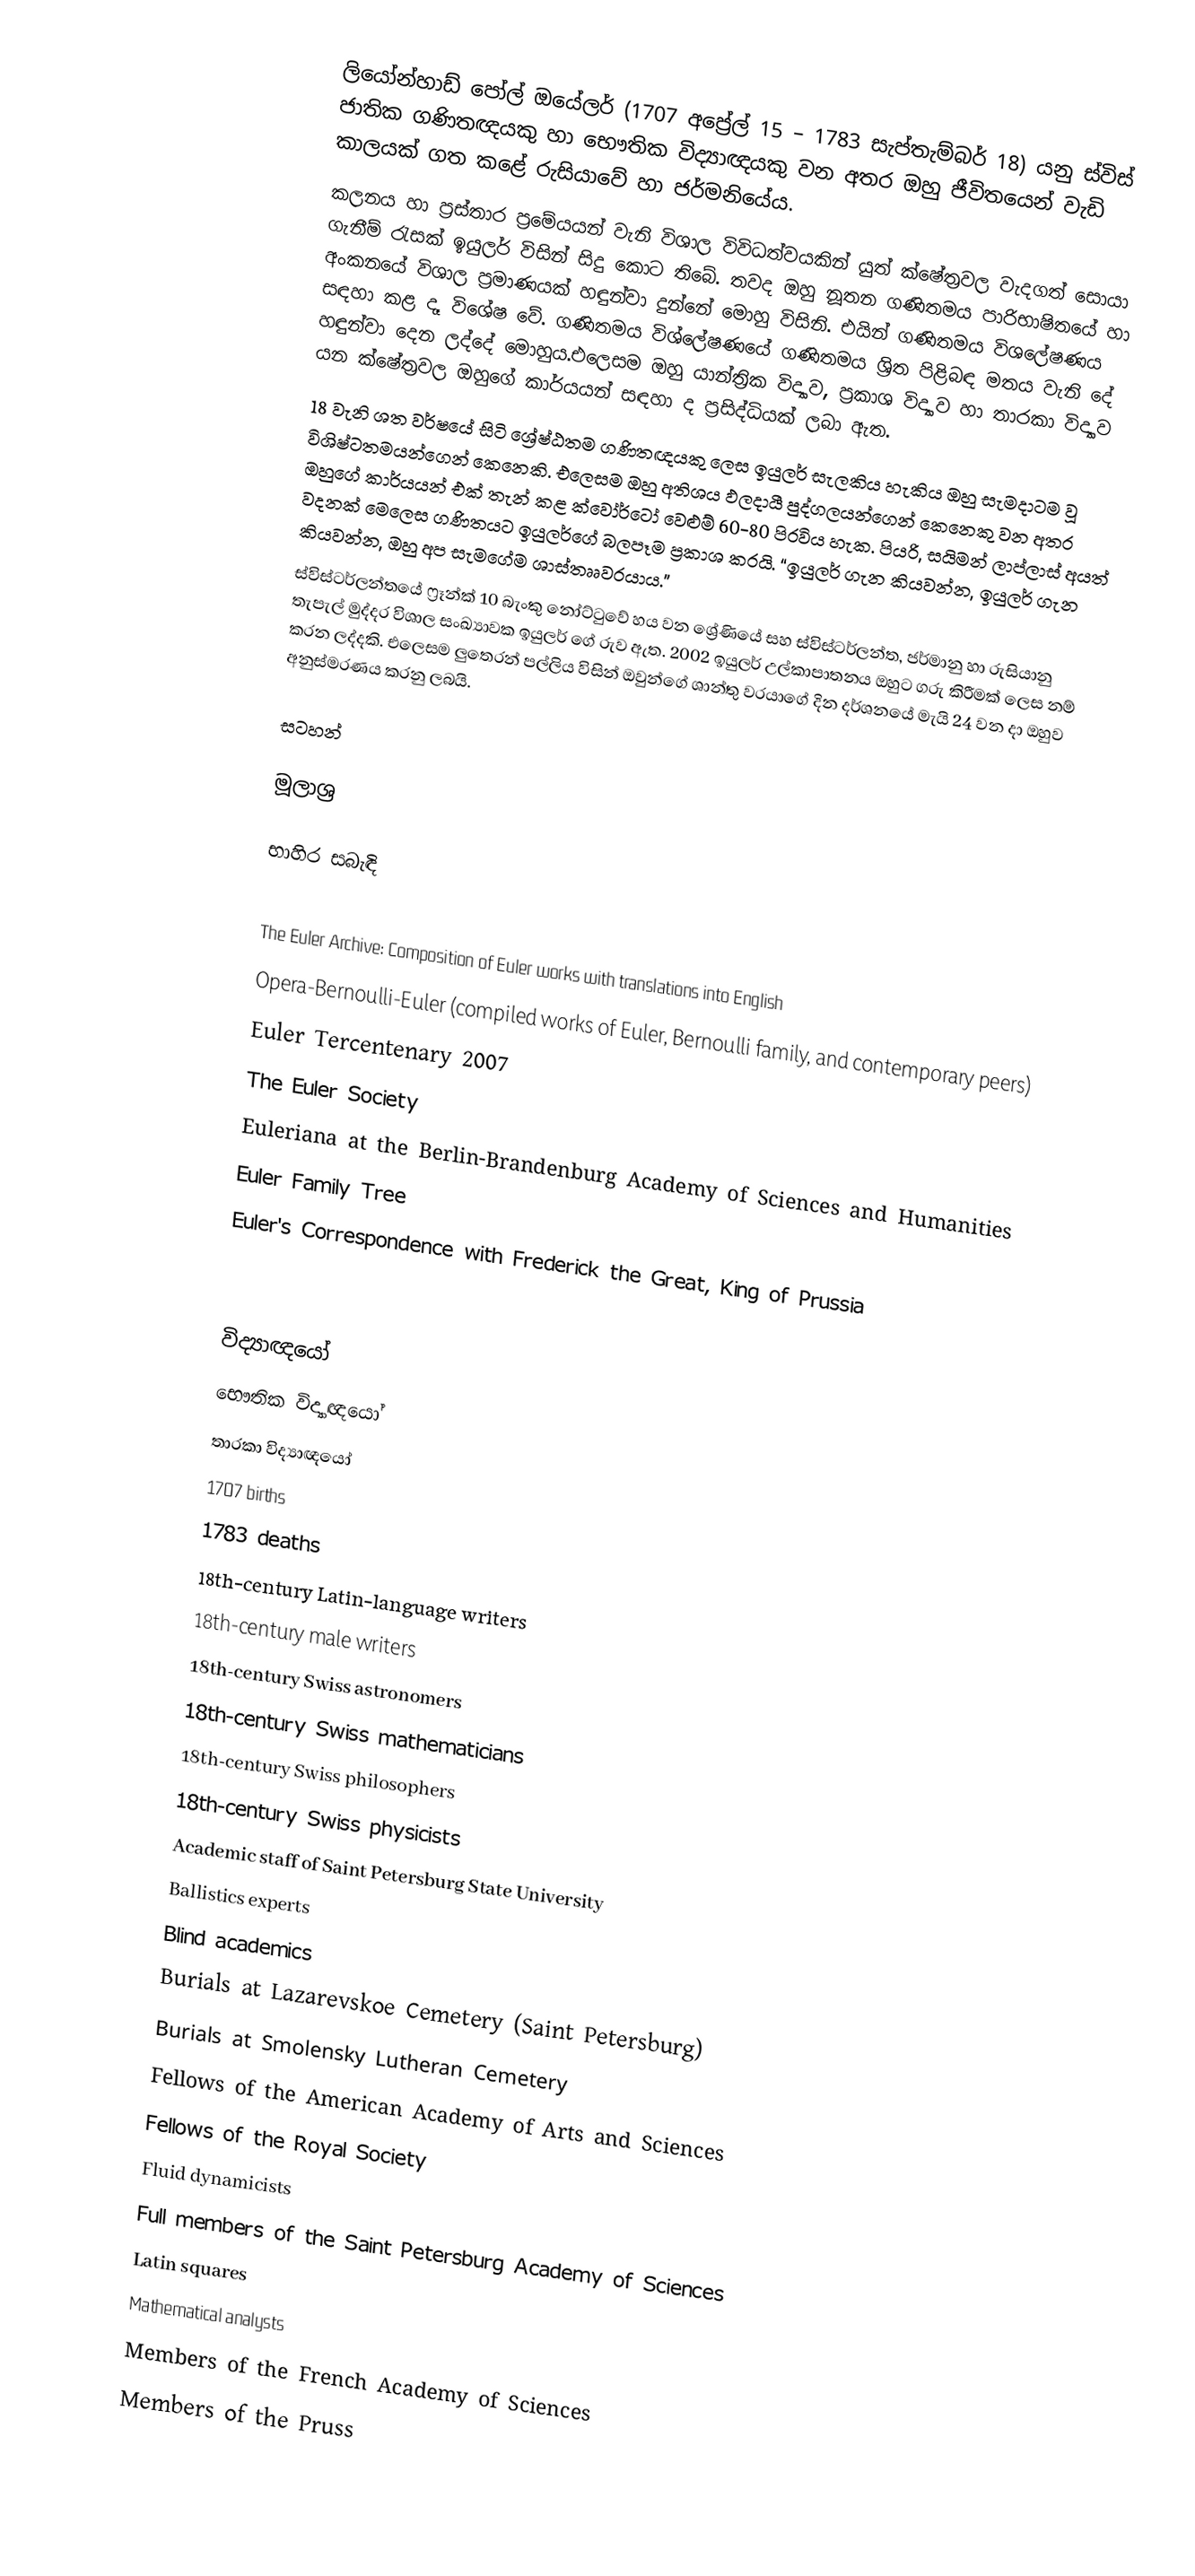
ලියෝන්හාඩ් පෝල් ඔයේලර් (1707 අප්‍රේල් 15 – 1783 සැප්තැම්බර් 18) යනු ස්විස් ජාතික ගණිතඥයකු හා භෞතික විද්‍යාඥයකු වන අතර ඔහු ජීවිතයෙන් වැඩි කාලයක් ගත කළේ රුසියාවේ හා ජර්මනියේය.
කලනය හා ප්‍රස්තාර ප්‍රමේයයන් වැනි විශාල විවිධත්වයකින් යුත් ක්ෂේත්‍රවල වැදගත් සොයා ගැනීම් රැසක් ඉයුලර් විසින් සිදු කොට තිබේ. තවද ඔහු නූතන ගණිතමය පාරිභාෂිතයේ හා අංකනයේ විශාල ප්‍රමාණයක් හඳුන්වා දුන්නේ මොහු විසිනි. එයින් ගණිතමය විශලේෂණය සඳහා කළ දෑ විශේෂ වේ. ගණිතමය විශ්ලේෂණයේ ගණිතමය ශ්‍රිත පිළිබඳ මතය වැනි දේ හඳුන්වා දෙන ලද්දේ මොහුය.එලෙසම ඔහු යාන්ත්‍රික විද්‍යාව, ප්‍රකාශ විද්‍යාව හා තාරකා විද්‍යාව යන ක්ෂේත්‍රවල ඔහුගේ කාර්යයන් සඳහා ද ප්‍රසිද්ධියක් ලබා ඇත.
18 වැනි ශත වර්ෂයේ සිටි ශ්‍රේෂ්ඨතම ගණිතඥයකු ලෙස ඉයුලර් සැලකිය හැකිය ඔහු සැමදාටම වූ විශිෂ්ටතමයන්ගෙන් කෙනෙකි. එලෙසම ඔහු අතිශය ඵලදායී පුද්ගලයන්ගෙන් කෙනෙකු වන අතර ඔහුගේ කාර්යයන් එක් තැන් කළ ක්වෝර්ටෝ වෙළුම් 60-80 පිරවිය හැක. පියරි, සයිමන් ලාප්ලාස් අයත් වදනක් මෙලෙස ගණිතයට ඉයුලර්ගේ බලපෑම ප්‍රකාශ කරයි. “ඉයුලර් ගැන කියවන්න, ඉයුලර් ගැන කියවන්න, ඔහු අප සැමගේම ශාස්තෲවරයාය.”
ස්විස්ටර්ලන්තයේ ෆ්‍රෑන්ක් 10 බැංකු නෝට්ටුවේ හය වන ශ්‍රේණියේ සහ ස්විස්ටර්ලන්ත, ජර්මානු හා රුසියානු තැපැල් මුද්දර විශාල සංඛ්‍යාවක ඉයුලර් ගේ රුව ඇත. 2002 ඉයුලර් උල්කාපාතනය ඔහුට ගරු කිරීමක් ලෙස නම් කරන ලද්දකි. එලෙසම ලුතෙරන් පල්ලිය විසින් ඔවුන්ගේ ශාන්තු වරයාගේ දින දර්ශනයේ මැයි 24 වන දා ඔහුව අනුස්මරණය කරනු ලබයි.

සටහන්

මූලාශ්‍ර

භාහිර සබැඳි

 The Euler Archive: Composition of Euler works with translations into English
 Opera-Bernoulli-Euler (compiled works of Euler, Bernoulli family, and contemporary peers)
 Euler Tercentenary 2007
 The Euler Society
 Euleriana at the Berlin-Brandenburg Academy of Sciences and Humanities
 Euler Family Tree
 Euler's Correspondence with Frederick the Great, King of Prussia

විද්‍යාඥයෝ
භෞතික විද්‍යාඥයෝ
තාරකා විද්‍යාඥයෝ
1707 births
1783 deaths
18th-century Latin-language writers
18th-century male writers
18th-century Swiss astronomers
18th-century Swiss mathematicians
18th-century Swiss philosophers
18th-century Swiss physicists
Academic staff of Saint Petersburg State University
Ballistics experts
Blind academics
Burials at Lazarevskoe Cemetery (Saint Petersburg)
Burials at Smolensky Lutheran Cemetery
Fellows of the American Academy of Arts and Sciences
Fellows of the Royal Society
Fluid dynamicists
Full members of the Saint Petersburg Academy of Sciences
Latin squares
Mathematical analysts
Members of the French Academy of Sciences
Members of the Pruss